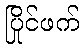
ပြိုင်ဖက်